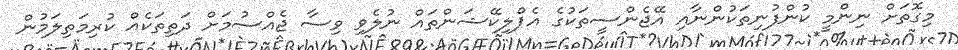
މިގޮތަށް ނިންމީ ކުންފުނިތަކުންނާއި އޭޖެންސީތަކުގެ އެޕްލިކޭޝަންތައް ނުލެވި ވިސާ ޖެއްސުމަށް ދަތިތަކެއް ކުރިމަތިލަމުން